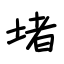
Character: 堵